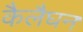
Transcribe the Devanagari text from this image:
कैलैघन